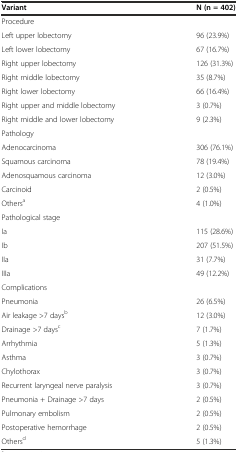
| Variant | N (n = 402) |
 | --- | --- |
 | Procedure |  |
 | Left upper lobectomy | 96 (23.9%) |
 | Left lower lobectomy | 67 (16.7%) |
 | Right upper lobectomy | 126 (31.3%) |
 | Right middle lobectomy | 35 (8.7%) |
 | Right lower lobectomy | 66 (16.4%) |
 | Right upper and middle lobectomy | 3 (0.7%) |
 | Right middle and lower lobectomy | 9 (2.3%) |
 | Pathology |  |
 | Adenocarcinoma | 306 (76.1%) |
 | Squamous carcinoma | 78 (19.4%) |
 | Adenosquamous carcinoma | 12 (3.0%) |
 | Carcinoid | 2 (0.5%) |
 | Othersa | 4 (1.0%) |
 | Pathological stage |  |
 | Ia | 115 (28.6%) |
 | Ib | 207 (51.5%) |
 | IIa | 31 (7.7%) |
 | IIIa | 49 (12.2%) |
 | Complications |  |
 | Pneumonia | 26 (6.5%) |
 | Air leakage >7 daysb | 12 (3.0%) |
 | Drainage >7 daysc | 7 (1.7%) |
 | Arrhythmia | 5 (1.3%) |
 | Asthma | 3 (0.7%) |
 | Chylothorax | 3 (0.7%) |
 | Recurrent laryngeal nerve paralysis | 3 (0.7%) |
 | Pneumonia + Drainage >7 days | 2 (0.5%) |
 | Pulmonary embolism | 2 (0.5%) |
 | Postoperative hemorrhage | 2 (0.5%) |
 | Othersd | 5 (1.3%) |